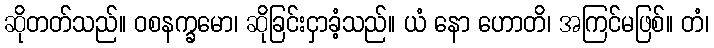
ဆိုတတ်သည်။ ဝစနက္ခမော၊ ဆိုခြင်းငှာခံ့သည်။ ယံ နော ဟောတိ၊ အကြင်မဖြစ်။ တံ၊